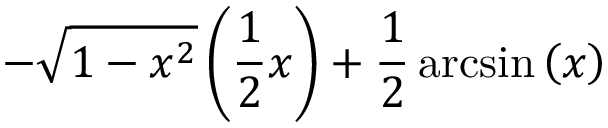
- \sqrt { 1 - x ^ { 2 } } \left( \frac { 1 } { 2 } x \right) + \frac { 1 } { 2 } \arcsin \left( x \right)